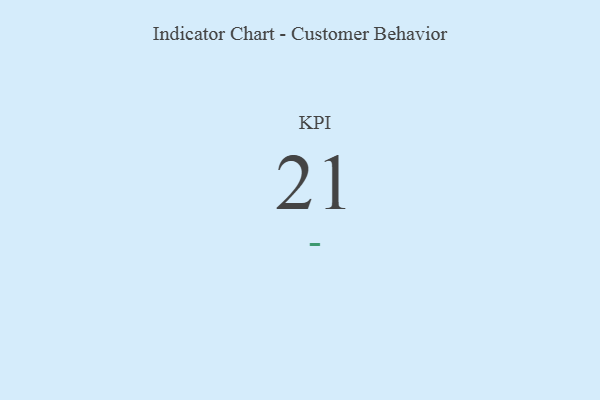
{"axis": {"x": "KPI", "y": "Value"}, "legend": [""], "data": [{"x": "KPI", "y": 21, "type": ""}]}